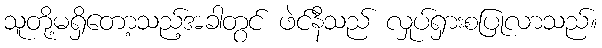
သူတို့မရှိတော့သည့်အခါတွင် ဖဲင်နီသည် လှုပ်ရှားစပြုလာသည်။